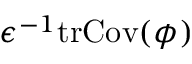
\epsilon ^ { - 1 } \mathrm { t r } \mathrm { C o v } ( \phi )